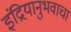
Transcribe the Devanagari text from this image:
इंद्रियानुभवाचा